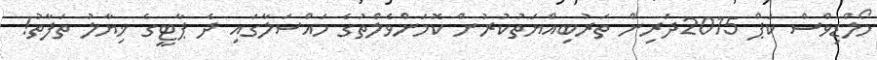
މޯލްޑިވްސް ކަޕް 2015ދަރިން ތަރުބިއްޔަތުކުރުން ކޮމަންވެލްތުގެ މައްސަލާގައި ދެ ޕާޓީގެ ޚިޔާލު ތަފާތު!